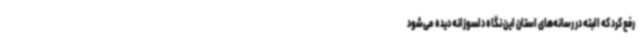
رفع کرد که البته در رسانه‌های استان این نگاه دلسوزانه دیده می‌شود